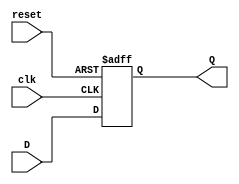
`timescale 1ns / 1ps
//////////////////////////////////////////////////////////////////////////////////
// Company: 
// Engineer: 
// 
// Design Name: 
// Module Name: flip_flop
// Project Name: 
// Target Devices: 
// Tool Versions: 
// Description: 
// 
// Dependencies: 
// 
// Revision:
// Revision 0.01 - File Created
// Additional Comments:
// 
//////////////////////////////////////////////////////////////////////////////////


module flip_flop(
    input wire clk,
    input wire reset,
    input wire D,
    output reg Q
    );
    
    always @(posedge clk or posedge reset) begin
        if (reset == 1'b1) begin
            #2 Q = 1'b0;
        end
        else begin
            Q = #3 D;
        end
    end
endmodule